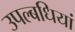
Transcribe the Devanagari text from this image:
उपल्बधियां